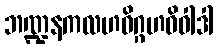
ဘဏ္ဍနကလဟဝိဂ္ဂဟဝိဝါဒါ